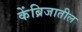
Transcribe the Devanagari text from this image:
केंब्रिजातील